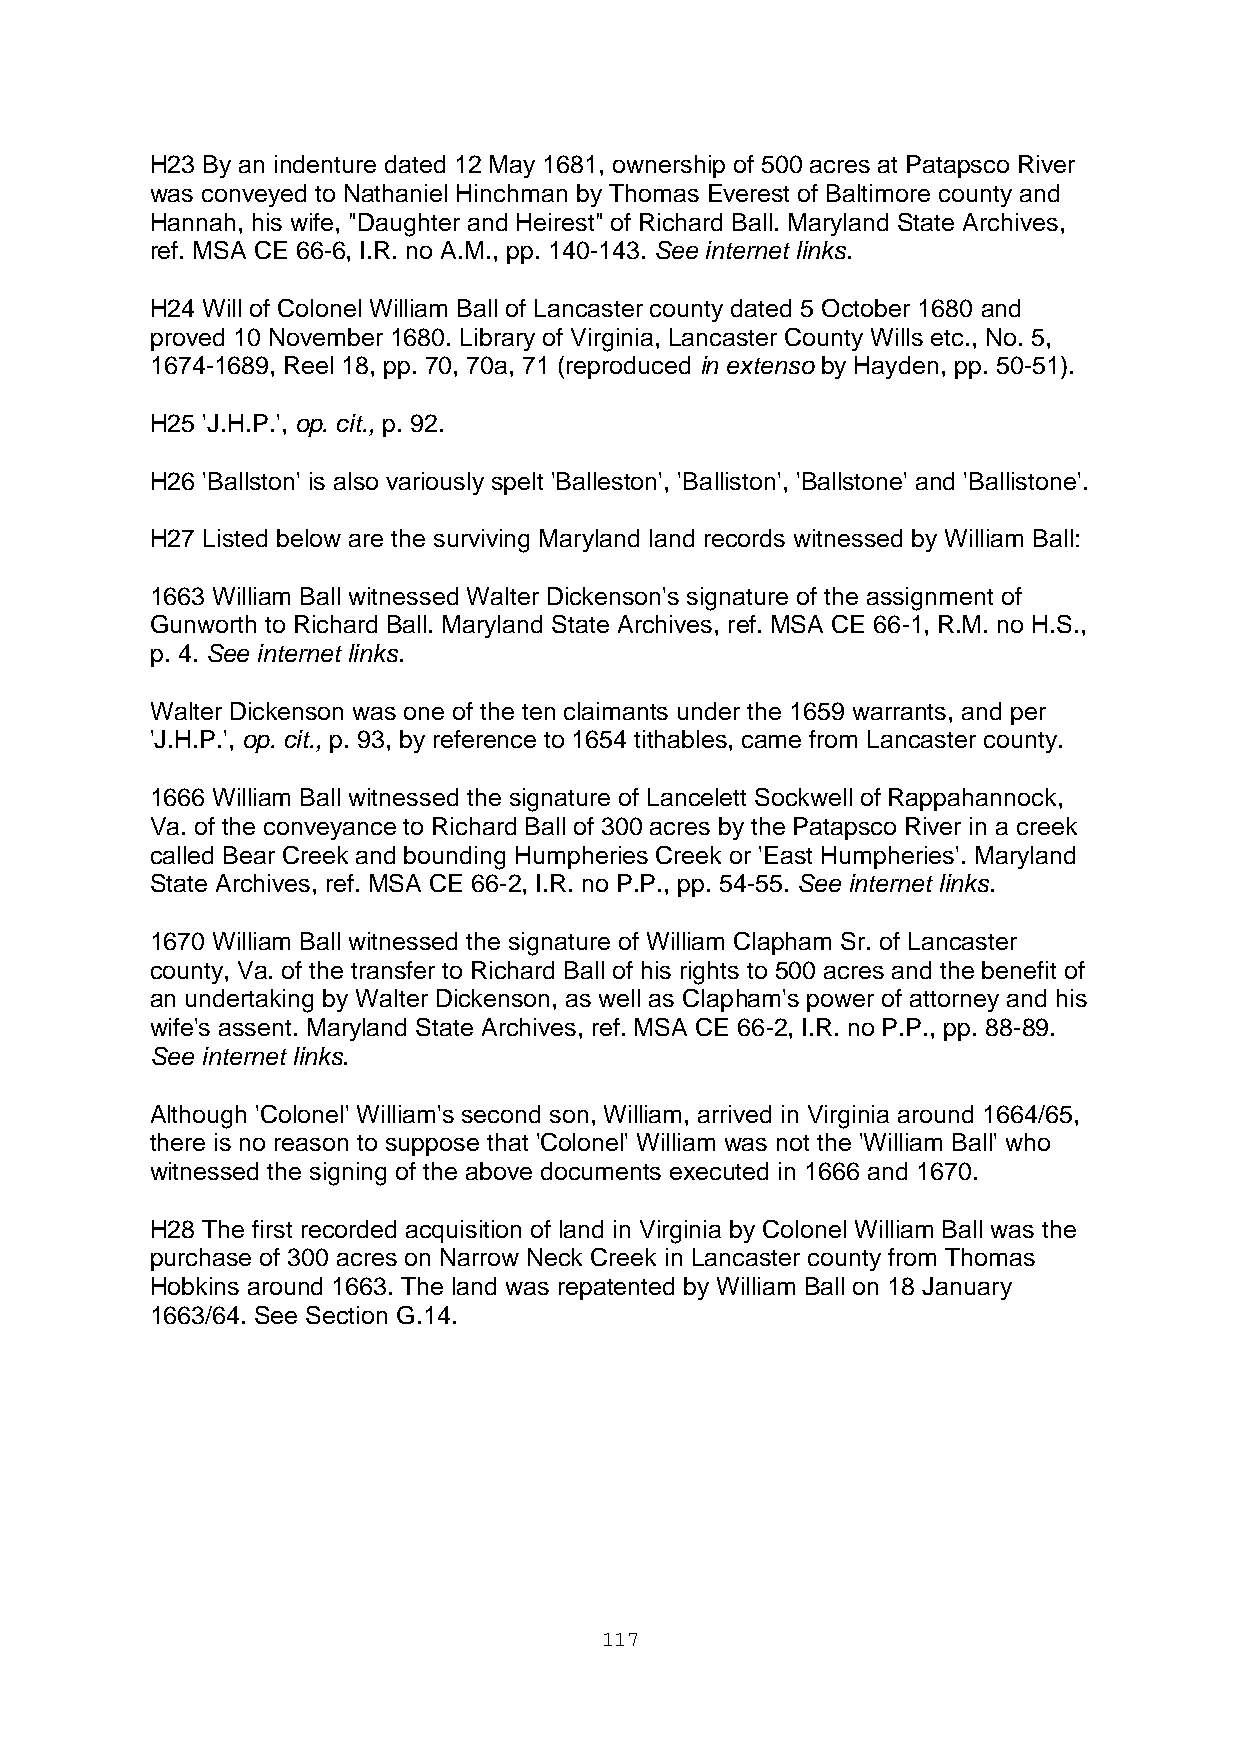
H23 By an indenture dated 12 May 1681, ownership of 500 acres at Patapsco River
 was conveyed to Nathaniel Hinchman by Thomas Everest of Baltimore county and
 Hannah, his wife, "Daughter and Heirest" of Richard Ball. Maryland State Archives,
 ref. MSA CE 66-6, I.R. no A.M., pp. 140-143. See internet links.
 H24 Will of Colonel William Ball of Lancaster county dated 5 October 1680 and
 proved 10 November 1680. Library of Virginia, Lancaster County Wills etc., No. 5,
 1674-1689, Reel 18, pp. 70, 70a, 71 (reproduced in extenso by Hayden, pp. 50-51).
 H25 'J.H.P.', op. cit., p. 92.
 H26 'Ballston' is also variously spelt 'Balleston', 'Balliston', 'Ballstone' and 'Ballistone'.
 H27 Listed below are the surviving Maryland land records witnessed by William Ball:
 1663 William Ball witnessed Walter Dickenson's signature of the assignment of
 Gunworth to Richard Ball. Maryland State Archives, ref. MSA CE 66-1, R.M. no H.S.,
 p. 4. See internet links.
 Walter Dickenson was one of the ten claimants under the 1659 warrants, and per
 'J.H.P.', op. cit., p. 93, by reference to 1654 tithables, came from Lancaster county.
 1666 William Ball witnessed the signature of Lancelett Sockwell of Rappahannock,
 Va. of the conveyance to Richard Ball of 300 acres by the Patapsco River in a creek
 called Bear Creek and bounding Humpheries Creek or 'East Humpheries'. Maryland
 State Archives, ref. MSA CE 66-2, I.R. no P.P., pp. 54-55. See internet links.
 1670 William Ball witnessed the signature of William Clapham Sr. of Lancaster
 county, Va. of the transfer to Richard Ball of his rights to 500 acres and the benefit of
 an undertaking by Walter Dickenson, as well as Clapham's power of attorney and his
 wife's assent. Maryland State Archives, ref. MSA CE 66-2, I.R. no P.P., pp. 88-89.
 See internet links.
 Although 'Colonel' William's second son, William, arrived in Virginia around 1664/65,
 there is no reason to suppose that 'Colonel' William was not the 'William Ball' who
 witnessed the signing of the above documents executed in 1666 and 1670.
 H28 The first recorded acquisition of land in Virginia by Colonel William Ball was the
 purchase of 300 acres on Narrow Neck Creek in Lancaster county from Thomas
 Hobkins around 1663. The land was repatented by William Ball on 18 January
 1663/64. See Section G.14.
 117